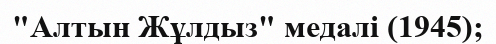
"Алтын Жұлдыз" медалі (1945);